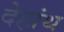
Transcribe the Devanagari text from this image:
देहांथ